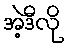
အဲ့ဒီလို